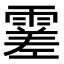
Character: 𩄝